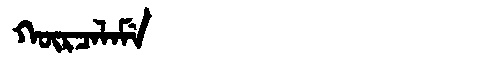
Manchu: ᡴᡡᡵᠴᠠᠯᠠᠮᡝ
Romanization: KŪRCALAME